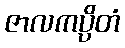
ဇာလကပ္ပိတံ